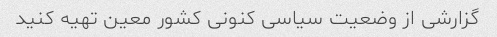
گزارشی از وضعیت سیاسی کنونی کشور معین تهیه کنید